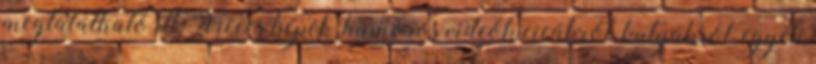
megtalálható itt. Vicces képek, humoros videók cicákról, kutyákról, egyéb